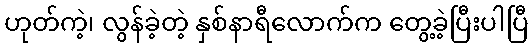
ဟုတ်ကဲ့၊ လွန်ခဲ့တဲ့ နှစ်နာရီလောက်က တွေ့ခဲ့ပြီးပါပြီ